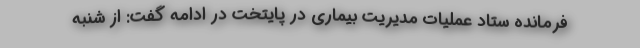
فرمانده ستاد عملیات مدیریت بیماری در پایتخت در ادامه گفت: از شنبه